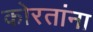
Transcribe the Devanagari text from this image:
कोरतांना